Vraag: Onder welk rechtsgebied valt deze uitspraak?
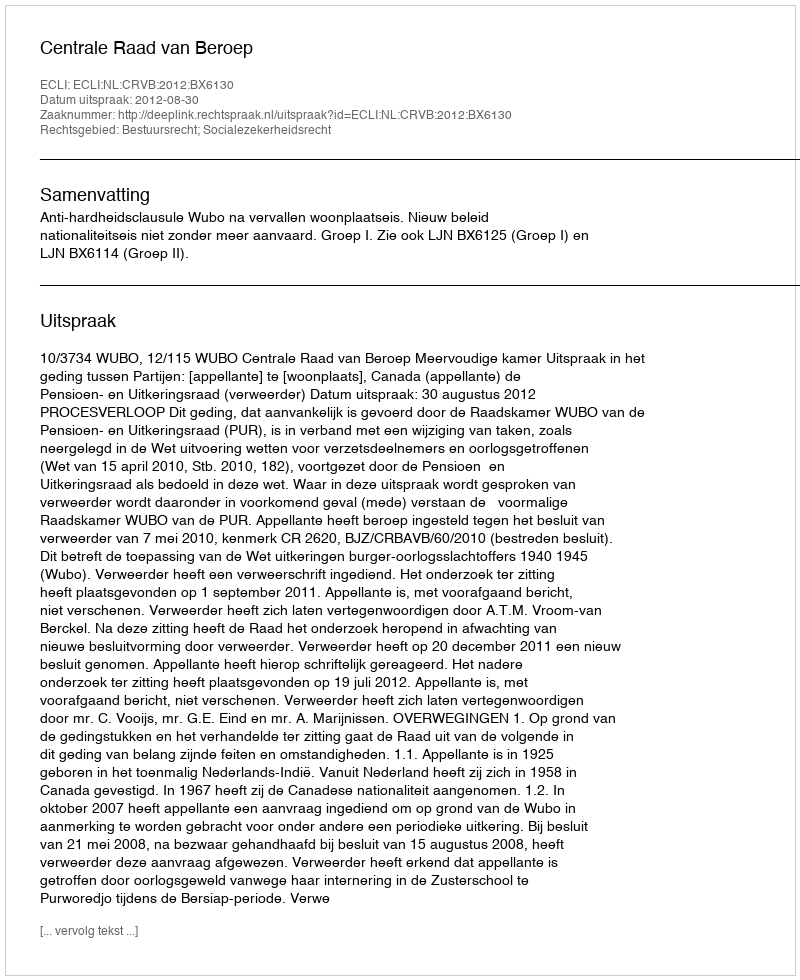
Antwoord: Bestuursrecht; Socialezekerheidsrecht